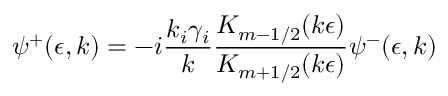
\psi ^ { + } ( \epsilon , k ) = - i \frac { k _ { i } \gamma _ { i } } { k } \frac { K _ { m - 1 / 2 } ( k \epsilon ) } { K _ { m + 1 / 2 } ( k \epsilon ) } \psi ^ { - } ( \epsilon , k )